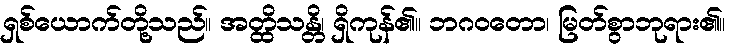
ရှစ်ယောက်တို့သည်။ အတ္ထိသန္တိ၊ ရှိကုန်၏။ ဘဂဝတော၊ မြတ်စွာဘုရား၏။